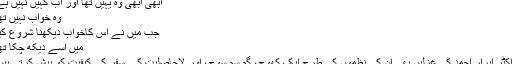
ابھی ابھی وہ یہیں تھا اور اب کہیں نہیں ہے
وہ خواب نہیں تھا
جب میں نے اس کاخواب دیکھنا شروع کیا
میں اسے دیکھ چکا تھا
ڈاکٹر ابرار احمد کی غزلیں بھی ان کی نظموں کی طرح ایک کھوج، گم سم سوچ، اور لاحاصلیت کے سفر کی کیفیت کو پیش کرتی ہیں۔